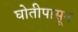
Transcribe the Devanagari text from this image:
घोतीपासून